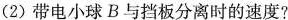
(2)带电小球B与挡板分离时的速度？